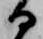
日